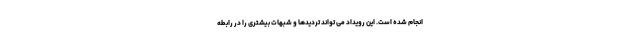
انجام شده است. این رویداد می تواند تردیدها و شبهات بیشتری را در رابطه